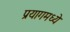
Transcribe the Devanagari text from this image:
प्रयागमध्ये